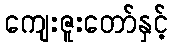
ကျေးဇူးတော်နှင့်